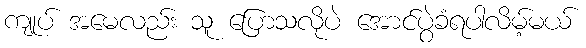
ကျုပ် အမေလည်း သူ ပြောသလိုပဲ အောင်ပွဲခံရပါလိမ့်မယ်